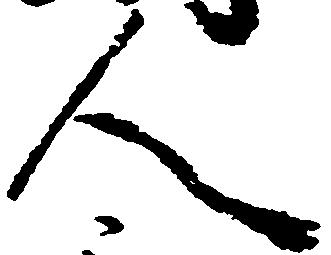
人